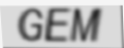
GEM